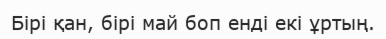
Бірі қан, бірі май боп енді екі ұртың.